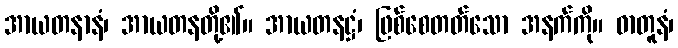
အာယတနာနံ၊ အာယတနတို့၏။ အာယတနဋ္ဌံ၊ ဖြစ်စေတတ်သော အနက်ကို။ ဓာတူနံ၊